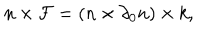
LaTeX: n \times { \cal F } = ( n \times \partial _ { 0 } n ) \times k ,